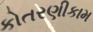
કોતરણીકામ